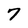
Character: 7